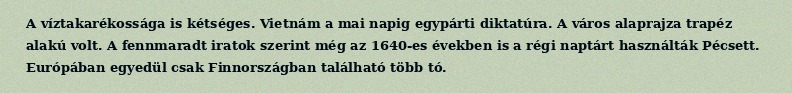
A víztakarékossága is kétséges. Vietnám a mai napig egypárti diktatúra. A város alaprajza trapéz alakú volt. A fennmaradt iratok szerint még az 1640-es években is a régi naptárt használták Pécsett. Európában egyedül csak Finnországban található több tó.